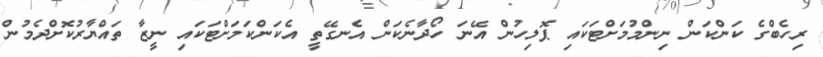
ރިހެބްގެ ކަންކަން ނިންމުމަށްޓަކައި ޕޮލިހުން އޭނަ ހޯދާނެކަން އެނގޭތީ އެކަންކަމަށްޓަކައި ނީޒާ ތައްޔާރުކޮށްދެމުން